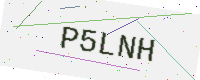
Text: P5LNH